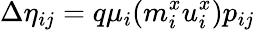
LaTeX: \Delta\eta_{ij}=q\mu_{i}(m_{i}^{x}u_{i}^{x})p_{ij}